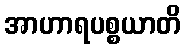
အာဟာရပစ္စယာတိ